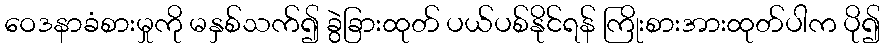
ဝေဒနာခံစားမှုကို မနှစ်သက်၍ ခွဲခြားထုတ် ပယ်ပစ်နိုင်ရန် ကြိုးစားအားထုတ်ပါက ပို၍